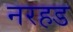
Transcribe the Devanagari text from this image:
नरहड